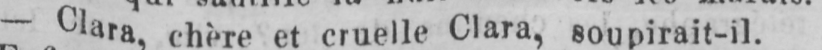
- Clara, chère et cruelle Clara, soupirait-il.